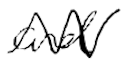
Text: and
Cross-out: zig-zag
Writing tool: digital_black